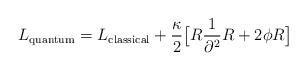
LaTeX: \begin{align*}L_{\rm quantum} = L_{\rm classical} + {\kappa \over 2} \big[ R {1 \over \partial^2 } R + 2 \phi R \big]\end{align*}